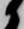
候